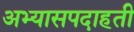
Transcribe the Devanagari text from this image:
अभ्यासपदाहती